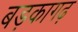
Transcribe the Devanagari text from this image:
बड़कागढ़